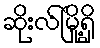
ဆိုးလ်မြို့ရှိ